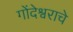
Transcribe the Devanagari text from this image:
गोंदेश्वराचे